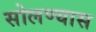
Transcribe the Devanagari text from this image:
सोलण्यास